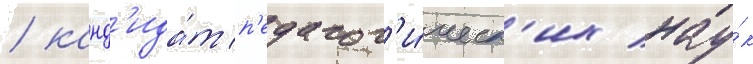
/ канд'ида́т п'едагог'и́ческ'их нау́к